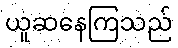
ယူဆနေကြသည်